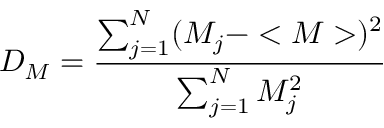
D _ { M } = \frac { \sum _ { j = 1 } ^ { N } ( M _ { j } - < M > ) ^ { 2 } } { \sum _ { j = 1 } ^ { N } M _ { j } ^ { 2 } }